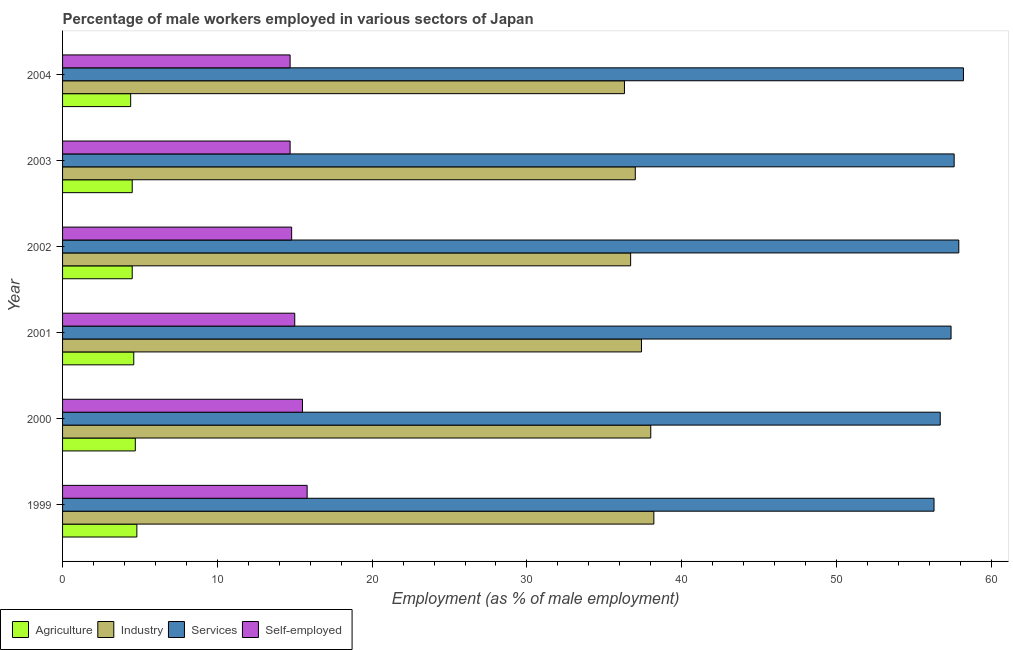
| Year | Agriculture | Industry | Services | Self-employed |
 | --- | --- | --- | --- | --- |
 | 1999 | 4.8 | 38.2 | 56.3 | 15.8 |
 | 2000 | 4.7 | 38 | 56.7 | 15.5 |
 | 2001 | 4.6 | 37.4 | 57.4 | 15 |
 | 2002 | 4.5 | 36.7 | 57.9 | 14.8 |
 | 2003 | 4.5 | 37 | 57.6 | 14.7 |
 | 2004 | 4.4 | 36.3 | 58.2 | 14.7 |